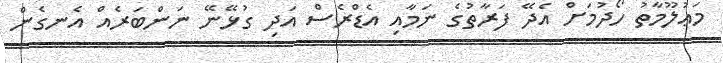
މަޢުލޫމާތު ހޯދުމަށް އެދޭ ފަރާތުގެ ނަމާއި އެޑްރެސް އަދި ގުޅޭނޭ ނަންބަރެއް އެނގެން